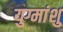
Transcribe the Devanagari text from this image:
युग्मांशु